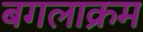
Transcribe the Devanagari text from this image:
बगलाक्रम